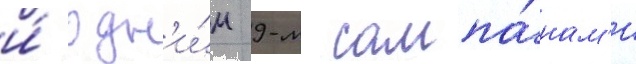
и́ одн'и́м 9-м сампа́нам'и